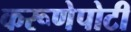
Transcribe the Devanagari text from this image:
करूणेपोटी